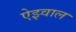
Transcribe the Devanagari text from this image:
ऐझ्वाल